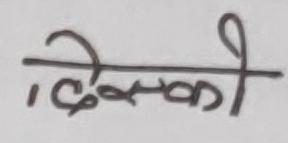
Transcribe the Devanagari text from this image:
देवकी